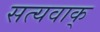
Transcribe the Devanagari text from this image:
सत्यवाक्‌